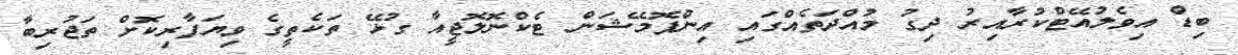
ބިޑް އިވެލުއޭޓްކުރާއިރު ދިގު މުއްދަތެއްގައި އިންފޮމޭޝަން ޓެކްނޮލޮޖީއާ ގުޅޭ ތަކެތީގެ ވިޔަފާރިކޮށް ތަޖުރިބާ